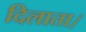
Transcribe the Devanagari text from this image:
दिलाता।